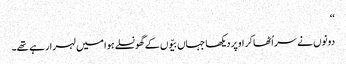
‘‘
دونوں نے سر اُٹھا کر اوپر دیکھا جہاں بیّوں کے گھونسلے ہوا میں لہرا رہے تھے۔